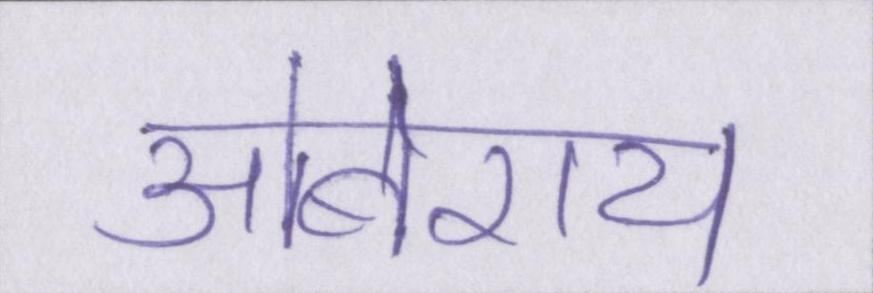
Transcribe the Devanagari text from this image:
ओबेराय